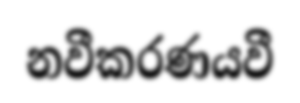
නවීකරණයවී